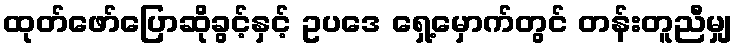
ထုတ်ဖော်ပြောဆိုခွင့်နှင့် ဥပဒေ ရှေ့မှောက်တွင် တန်းတူညီမျှ